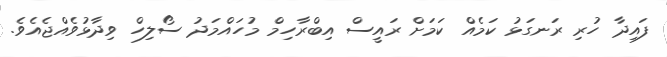
ފައިދާ ހުރި ރަނގަޅު ކަމެއް ކަމަށް ރައީސް އިބްރާހިމް މުހައްމަދު ސޯލިހް ވިދާޅުވެއްޖެއެވެ.